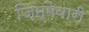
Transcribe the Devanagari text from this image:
ज़िम्मेवारी